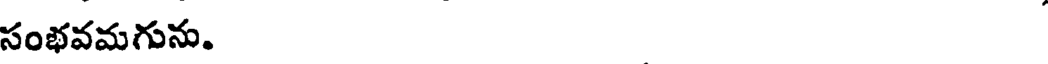
సంభవమగును.